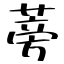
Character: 蒡